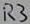
Text: R3